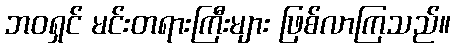
ဘဝရှင် မင်းတရားကြီးများ ဖြစ်လာကြသည်။